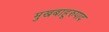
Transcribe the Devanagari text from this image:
मुखबाहूरुपाद